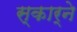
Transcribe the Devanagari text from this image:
स्कार्ने